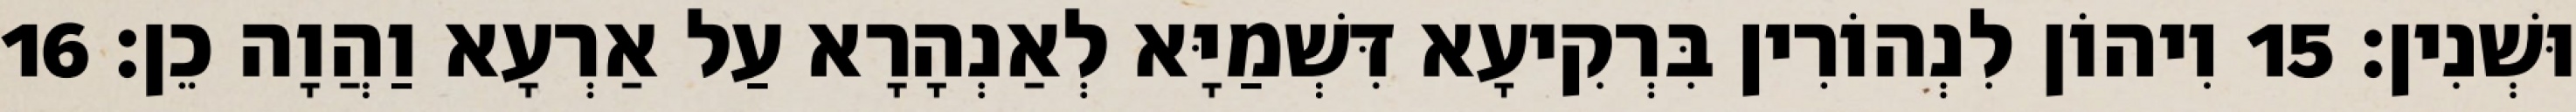
וּשְׁנִין׃ 15 וִיהוֹן לִנְהוֹרִין בִּרְקִיעָא דִּשְׁמַיָּא לְאַנְהָרָא עַל אַרְעָא וַהֲוָה כֵן׃ 16